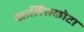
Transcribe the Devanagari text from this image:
खालिसकोटा